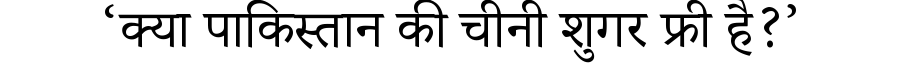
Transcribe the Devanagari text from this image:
‘क्या पाकिस्तान की चीनी शुगर फ्री है?’